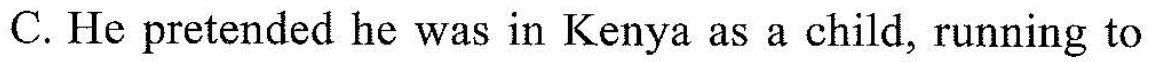
C. He pretended he was in Kenya as a child, running to